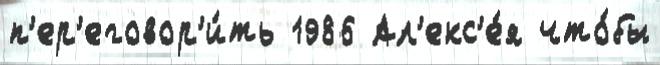
п'ер'еговор'и́ть 1986 Ал'екс'е́я что́бы